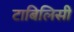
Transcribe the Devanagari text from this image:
टाबिलिसी